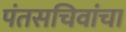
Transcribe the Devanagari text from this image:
पंतसचिवांचा